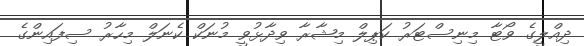
ދިއްލީގެ ވޯޓާ މިނިސްޓަރު ކަޕިލް މިޝާރާ ވިދާޅުވީ މުނަކް ކެނަލް މިހާރު ސިފައިންގެ